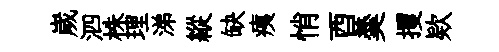
嵗泗株理涕縱缺痍悄酉羮攫欵